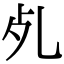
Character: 𣦷